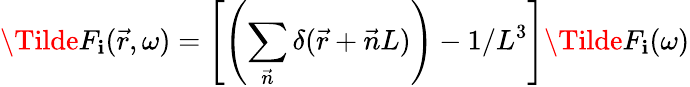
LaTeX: \Tilde{F}_{\mathbf{i}}(\vec{{r}},\omega)=\left[\left(\sum_{\vec{{n}}}\delta(\vec{{r}}+\vec{{n}}L)\right)-1/L^{3}\right]\Tilde{F}_{\mathbf{i}}(\omega)